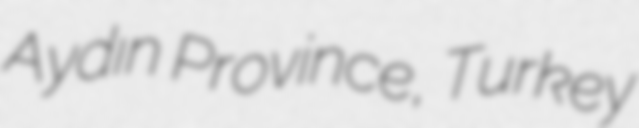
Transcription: Aydın Province, Turkey